Annual report of the Imperial Bacteriologist
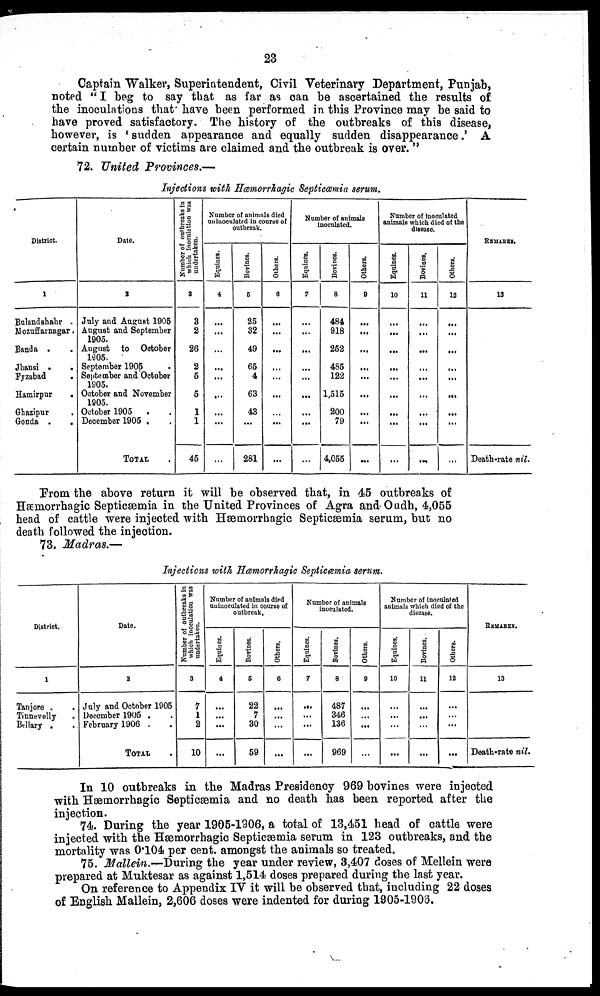
23
Captain Walker, Superintendent, Civil Veterinary Department, Punjab,
noted " I beg to say that as far as can be ascertained the results of
the inoculations that have been performed in this Province may be said to
have proved satisfactory. The history of the outbreaks of this disease,
however, is 'sudden appearance and equally sudden disappearance.' A
certain number of victims are claimed and the outbreak is over. "
72. United Provinces.—
Injections with Hæmorrhagic Septicæmia serum.
District.
1
Bulandshahr .
Nozuffarnagar.
Banda .
Jhansi .
.
Fyzabad
Hamirpur
.
Ghazipur
Gonda .
.
Date.
2
July and August 1905
August and September
1905.
August
to
October
1905.
September 1905
.
September and October
1905.
October and November
1905.
October 1905
.
December 1905 .
TOTAL.
Number of outbreaks in
which inoculation was
undertaken.
3
3
2
26
2
5
5
1
1
45
Number of animals died
uninoculated in course of
outbreak.
Equines.
4
...
...
...
...
...
...
...
...
...
Bovines.
5
25
32
49
65
4
63
43
...
281
Others.
6
...
...
...
...
...
...
...
...
...
Number of animals
inoculated.
Equines.
7
...
...
...
...
...
...
...
...
...
Bovines.
8
484
918
252
485
122
1,515
200
79
4,055
Others.
9
...
...
...
...
...
...
...
...
...
Number of inoculated
animals which died of the
disease.
Equines.
10
...
...
...
...
...
...
...
...
...
Bovines.
11
...
...
...
...
...
...
...
...
....
Others.
12
...
...
...
...
...
...
...
...
...
REMARKS.
13
Death-rate nil.
From the above return it will be observed that, in 45 outbreaks of
Hæmorrhagic Septicæmia in the United Provinces of Agra and Oudh, 4,055
head of cattle were injected with Hæmorrhagic Septicæmia serum, but no
death followed the injection.
73. Madras.—
Injections with Hæmorrhagic Septicæmia serum.
District.
1
Tanjore .
Tinnevelly
Bellary .
Date.
2
July and October 1905
December 1905 .
February 1906 .
TOTAL.
Number of outbreaks in
which inoculatiou was
undertaken.
3
7
1
2
10
Number of animals died
uninoculated in course of
outbreak,
Equines.
4
...
...
...
...
Bovines.
5
22
7
30
59
Others.
6
...
...
...
...
Number of animals
inoculated.
Equines.
7
...
...
...
...
Bovines.
8
487
346
136
969
Others.
9
...
...
...
...
Number of inoculated
animals which died of the
disease.
Equines.
10
...
...
...
...
Bovines.
11
...
...
...
...
Others.
12
...
...
...
...
REMARKS.
13
Death-rate nil.
In 10 outbreaks in the Madras Presidency 969 bovines were injected
with Hæmorrhagic Septicæmia and no death has been reported after the
injection.
74. During the year 1905-1906, a total of 13,451 head of cattle were
injected with the Hæmorrhagic Septicæmia serum in 123 outbreaks, and the
mortality was 0.104 per cent. amongst the animals so treated.
75. Mallein.—During the year under review, 3,407 doses of Mellein were
prepared at Muktesar as against 1,514 doses prepared during the last year.
On reference to Appendix IV it will be observed that, including 22 doses
of English Mallein, 2,606 doses were indented for during 1905-1906.